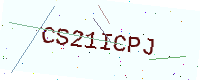
Text: CS21ICPJ